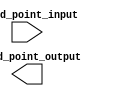
module fixed_point_sqrt (
    input wire signed [15:0] fixed_point_input,
    output wire signed [15:0] fixed_point_output
);

// Constants
parameter FRAC_WIDTH = 10;
parameter INT_WIDTH = 5;

// Intermediate variables
wire signed [FRAC_WIDTH:0] input_fraction;
wire signed [INT_WIDTH:0] input_integer;
wire signed [FRAC_WIDTH+1:0] sqrt_fraction;
wire signed [INT_WIDTH+1:0] sqrt_integer;
wire signed [FRAC_WIDTH+1:0] intermediate_result;
wire signed [FRAC_WIDTH+1:0] shifted_result;

// Convert fixed point input to floating point
assign input_fraction = fixed_point_input[15:FRAC_WIDTH];
assign input_integer = fixed_point_input[FRAC_WIDTH-1:0];

// Perform square root operation in floating point
// (Assuming sqrt operation is implemented separately)

// Convert floating point result back to fixed point format
assign fixed_point_output = {sqrt_integer, sqrt_fraction};

endmodule